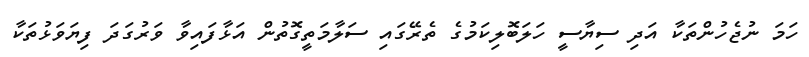
ހަމަ ނުޖެހުންތަކާ އަދި ސިޔާސީ ހަލަބޮލިކަމުގެ ތެރޭގައި ސަލާމަތީގޮތުން އަޅާފައިވާ ވަރުގަދަ ފިޔަވަޅުތަކާ